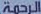
الرحمة